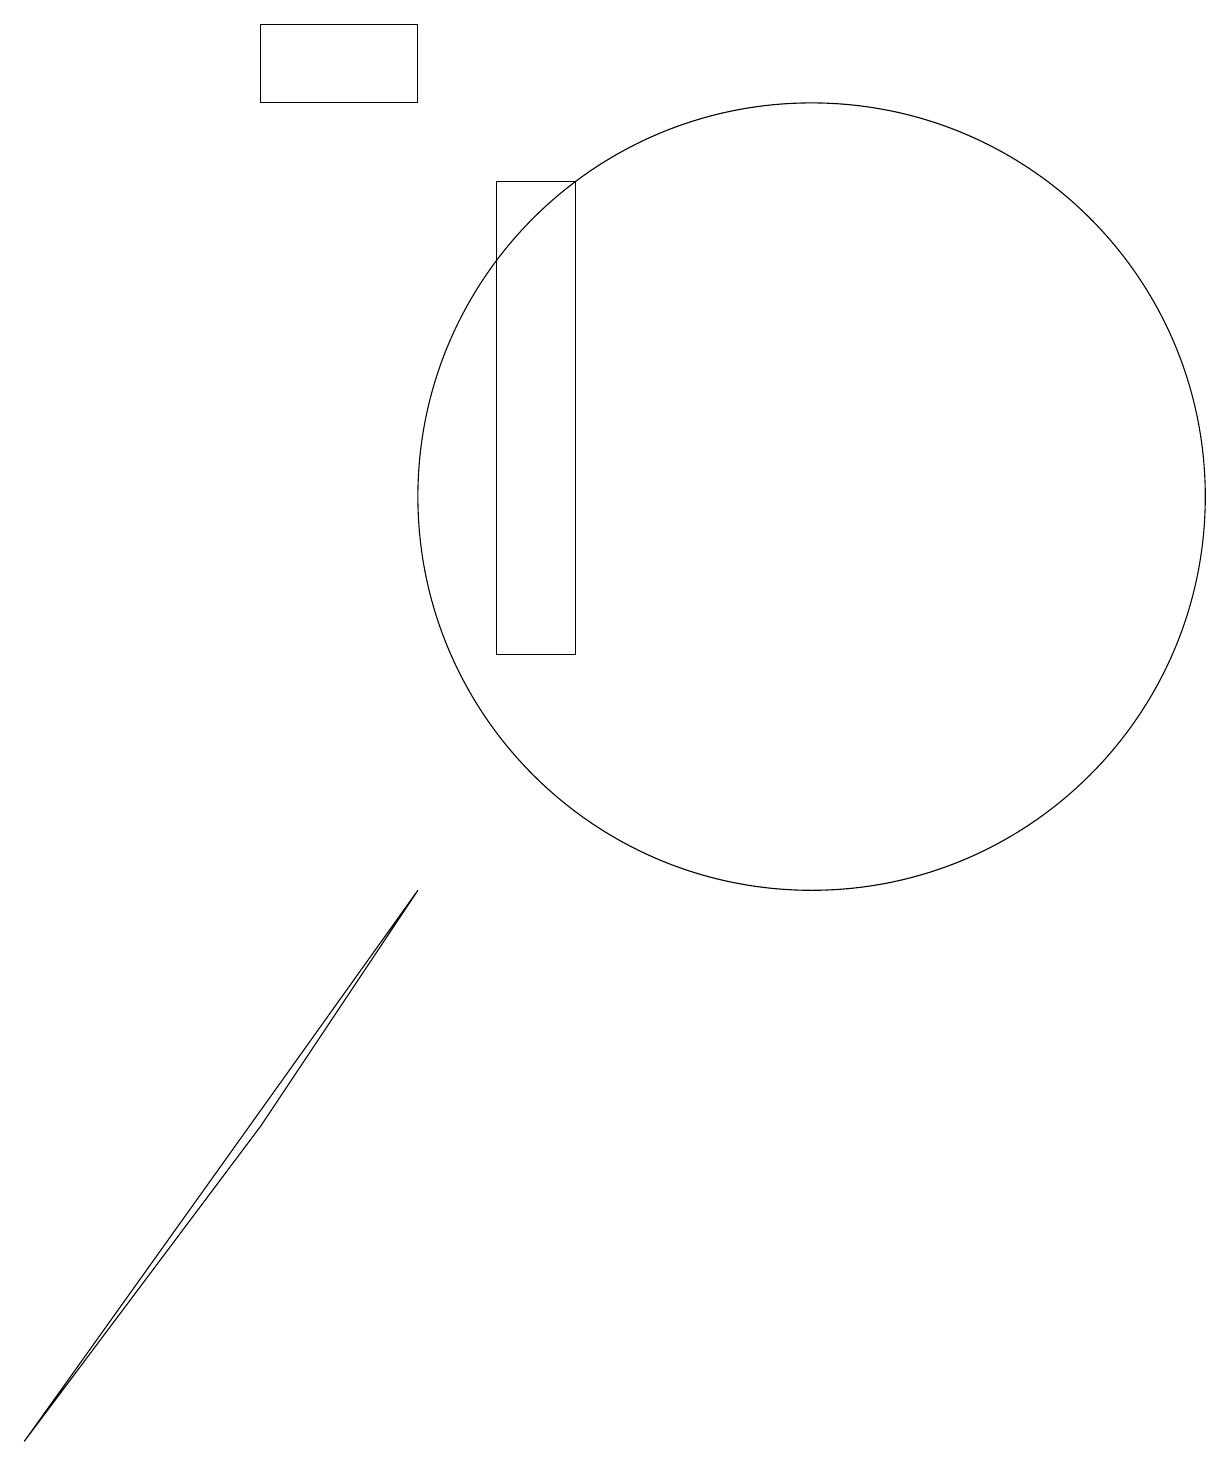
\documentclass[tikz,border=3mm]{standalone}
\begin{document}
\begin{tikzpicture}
\draw (5,17) rectangle (3,18);
\draw (10,12) circle (5);
\draw (3,4) -- (0,0) -- (5,7) -- cycle;
\draw (6,16) rectangle (7,10);
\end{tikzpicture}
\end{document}